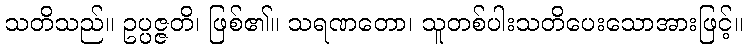
သတိသည်။ ဥပ္ပဇ္ဇတိ၊ ဖြစ်၏။ သရဏတော၊ သူတစ်ပါးသတိပေးသောအားဖြင့်။